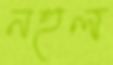
নহুল